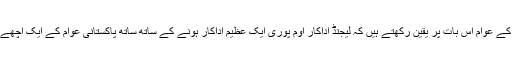
یقیناً پاکستان کے عوام اس بات پر یقین رکھتے ہیں کہ لیجنڈ اداکار اوم پوری ایک عظیم اداکار ہونے کے ساتھ ساتھ پاکستانی عوام کے ایک اچھے دوست تھے۔